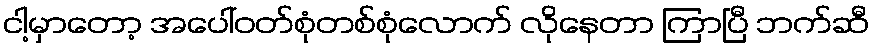
ငါ့မှာတော့ အပေါ်ဝတ်စုံတစ်စုံလောက် လိုနေတာ ကြာပြီ ဘက်ဆီ